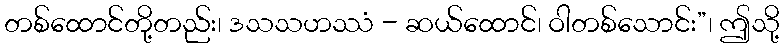
တစ်ထောင်တို့တည်း၊ ဒသသဟဿံ - ဆယ်ထောင်၊ ဝါတစ်သောင်း”၊ ဤသို့